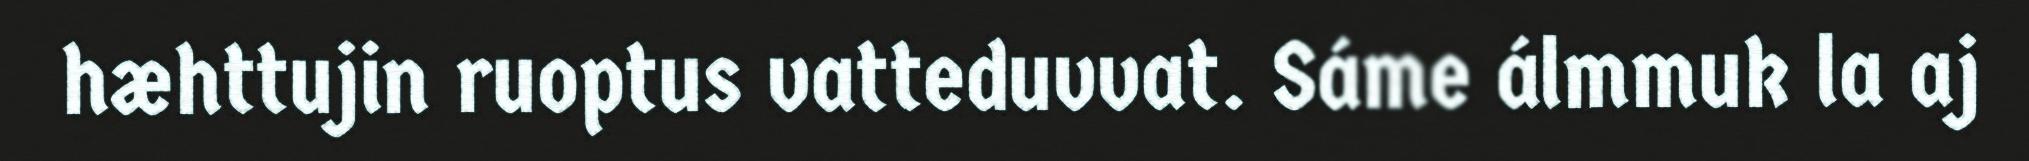
hæhttujin ruoptus vatteduvvat. Sáme álmmuk la aj